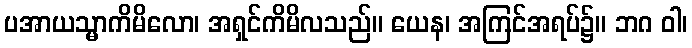
ပအာယသ္မာကိမိလော၊ အရှင်ကိမိလသည်။ ယေန၊ အကြင်အရပ်၌။ ဘဂ ဝါ၊